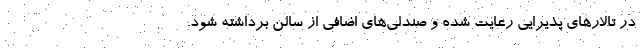
در تالارهای پذیرایی رعایت شده و صندلی‌های اضافی از سالن برداشته شود.